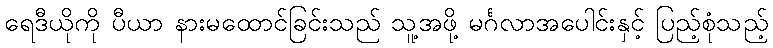
ရေဒီယိုကို ပီယာ နားမထောင်ခြင်းသည် သူ့အဖို့ မင်္ဂလာအပေါင်းနှင့် ပြည့်စုံသည့်